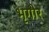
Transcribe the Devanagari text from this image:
भृगोर